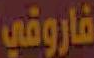
فاروقي